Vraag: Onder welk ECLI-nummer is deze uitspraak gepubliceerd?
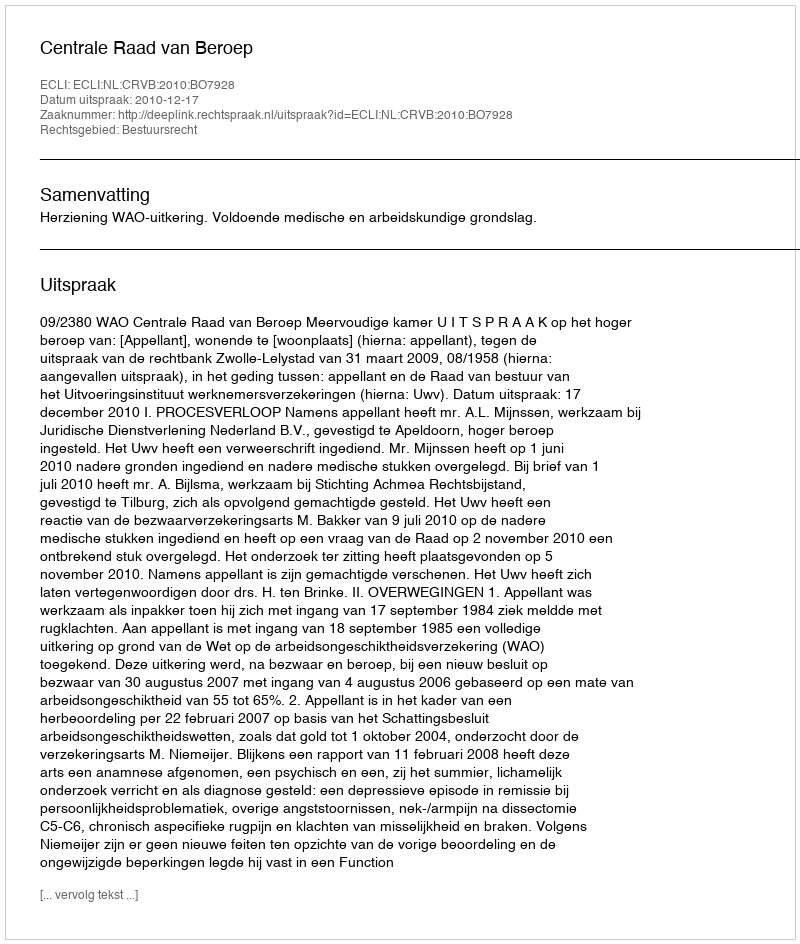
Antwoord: ECLI:NL:CRVB:2010:BO7928